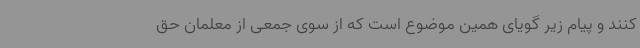
کنند و پیام زیر گویای همین موضوع است که از سوی جمعی از معلمان حق